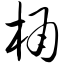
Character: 桶